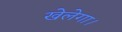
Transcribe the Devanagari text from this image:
खेलेगा।